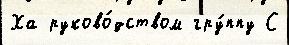
Ха руково́дством гру́ппу С